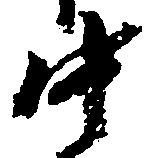
中